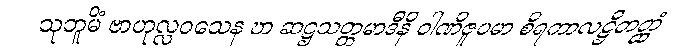
သုဘူမိံ ဗာဟုလ္လဝသေန ဎာ ဆဋ္ဌသတ္တမာဒီနိ ဝါဏိဇူပမာ စိရကာလဋ္ဌိတတ္ထံ